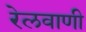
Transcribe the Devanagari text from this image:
रेलवाणी